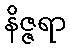
နိဇ္ဇရာ